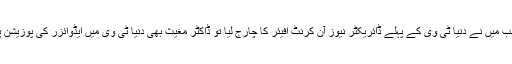
بعدازاں جب میں نے دنیا ٹی وی کے پہلے ڈائریکٹر نیوز آن کرنٹ افیئر کا چارج لیا تو ڈاکٹر مغیث بھی دنیا ٹی وی میں ایڈوائزر کی پوزیشن پر آ گئے۔